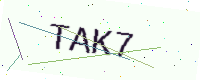
Text: TAK7